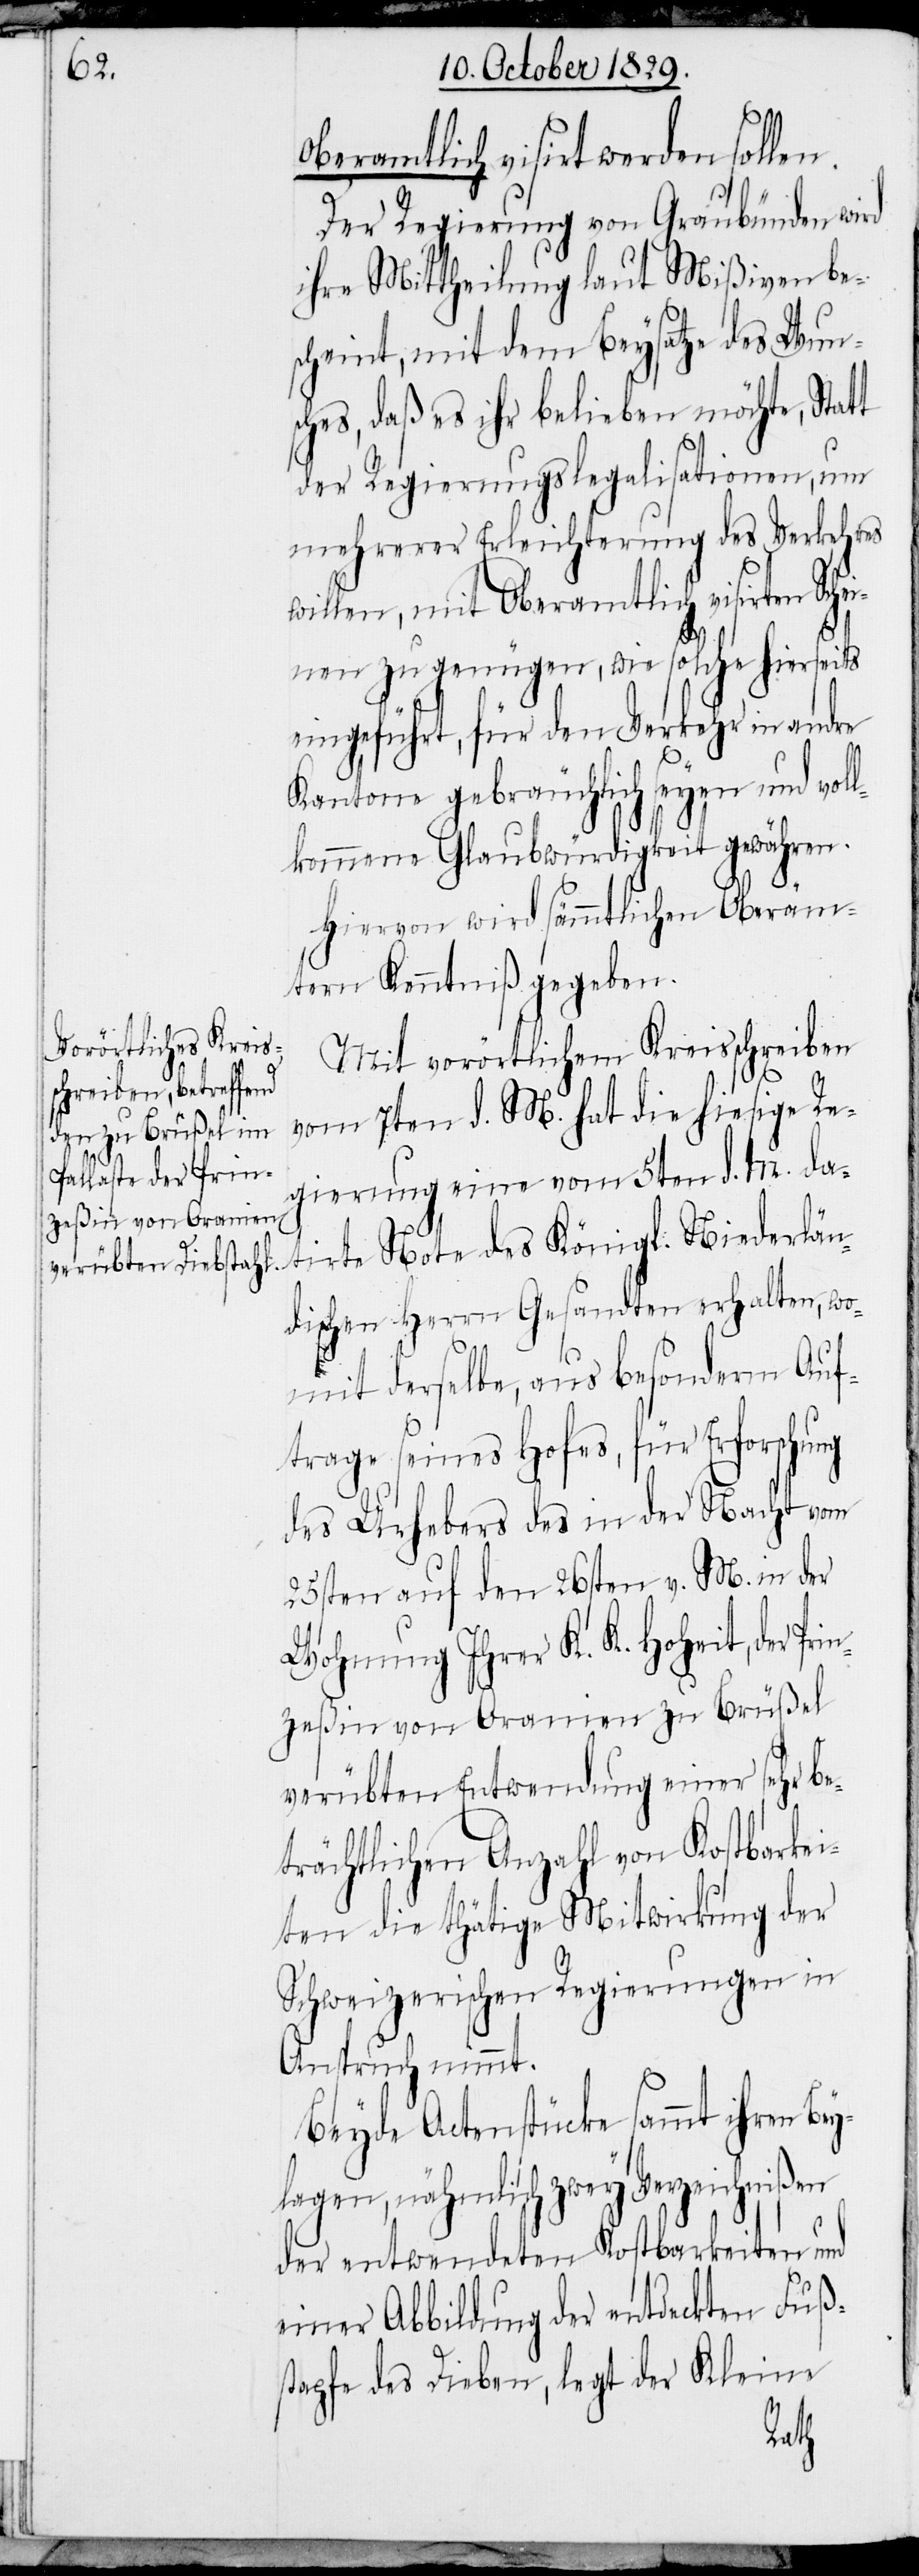
oberamtlich visirt werden sollen.
Der Regierung von Graubünden wird
ihre Mittheilung laut Mißiven be¬
scheint, mit dem Beysatze des Wun¬
sches, daß es ihr belieben möchte, Statt
der Regierungslegalisationen, um
mehrerer Erleichterung des Verkehres
willen, mit Oberamtlich visirten Sche¬
inen zu genügen, wie solche hierseits
eingeführt, für den Verkehr in andre
Kantone gebräuchlich seyen und vol¬
lkommene Glaubwürdigkeit gewähren.
Hiervon wird sämmtlichen Oberäm¬
tern Kenntniß gegeben.
Mit vorörtlichem Kreisschreiben
vom 7ten d. M. hat die hiesige Re¬
gierung eine vom 5ten d. M. da¬
tirte Note des Königl. Niederlän¬
dischen Herrn Gesandten erhalten, wo¬
mit derselbe, aus besonderm Auf¬
trage seines Hofes, für Erforschung
des Urhebers des in der Nacht vom
25sten auf den 26sten v. M. in der
Wohnung Ihrer K. K. Hoheit, der Pri¬
nzeßin von Oranien zu Brüßel
verübten Entwendung einer sehr be¬
trächtlichen Anzahl von Kostbarkei¬
ten die thätige Mitwirkung der
Schweizerischen Regierungen in
Anspruch nimmt.
Beyde Actenstücke sammt ihren Be¬
lagen, nähmlich zwey Verzeichnißen
der entwendeten Kostbarkeiten und
einer Abbildung der entdeckten Fuß¬
stapfe des Dieben, legt der Kleine